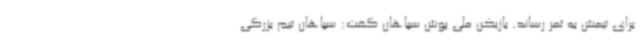
برای تیمش به ثمر رساند. بازیکن ملی پوش سپاهان گفت: سپاهان تیم بزرگی